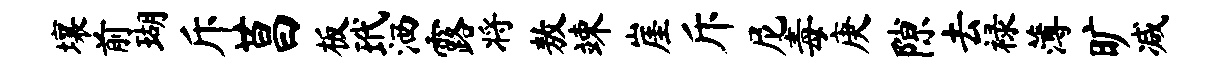
壤前瑚斥莒板玳洒露将敖竦崖斥尼毒庚隙去禄薄旷减